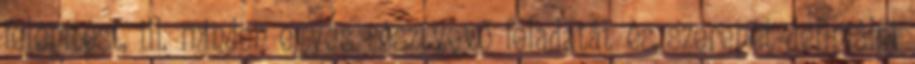
felépítést, ill. minden egyes résztvevő feladatát és szerepét definiálni